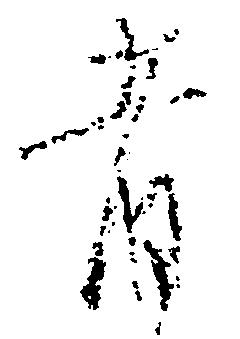
者